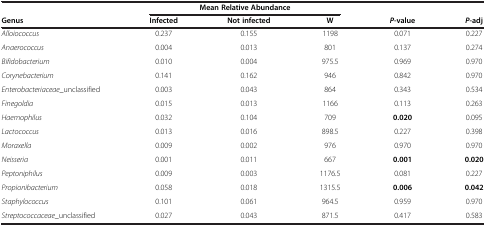
|  | <COLSPAN=3> Mean Relative Abundance |  |  |
 | Genus | Infected | Not infected | W | P-value | P-adj |
 | --- | --- | --- | --- | --- | --- |
 | Alloiococcus | 0.237 | 0.155 | 1198 | 0.071 | 0.227 |
 | Anaerococcus | 0.004 | 0.013 | 801 | 0.137 | 0.274 |
 | Bifidobacterium | 0.010 | 0.004 | 975.5 | 0.969 | 0.970 |
 | Corynebacterium | 0.141 | 0.162 | 946 | 0.842 | 0.970 |
 | Enterobacteriaceae_unclassified | 0.003 | 0.043 | 864 | 0.343 | 0.534 |
 | Finegoldia | 0.015 | 0.013 | 1166 | 0.113 | 0.263 |
 | Haemophilus | 0.032 | 0.104 | 709 | 0.020 | 0.095 |
 | Lactococcus | 0.013 | 0.016 | 898.5 | 0.227 | 0.398 |
 | Moraxella | 0.009 | 0.002 | 976 | 0.970 | 0.970 |
 | Neisseria | 0.001 | 0.011 | 667 | 0.001 | 0.020 |
 | Peptoniphilus | 0.009 | 0.003 | 1176.5 | 0.081 | 0.227 |
 | Propionibacterium | 0.058 | 0.018 | 1315.5 | 0.006 | 0.042 |
 | Staphylococcus | 0.101 | 0.061 | 964.5 | 0.959 | 0.970 |
 | Streptococcaceae_unclassified | 0.027 | 0.043 | 871.5 | 0.417 | 0.583 |